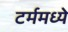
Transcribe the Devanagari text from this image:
टर्ममध्ये